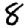
Digit: 8